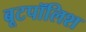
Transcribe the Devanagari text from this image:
बूटपॉलिश